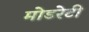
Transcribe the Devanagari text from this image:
मोडरेटी